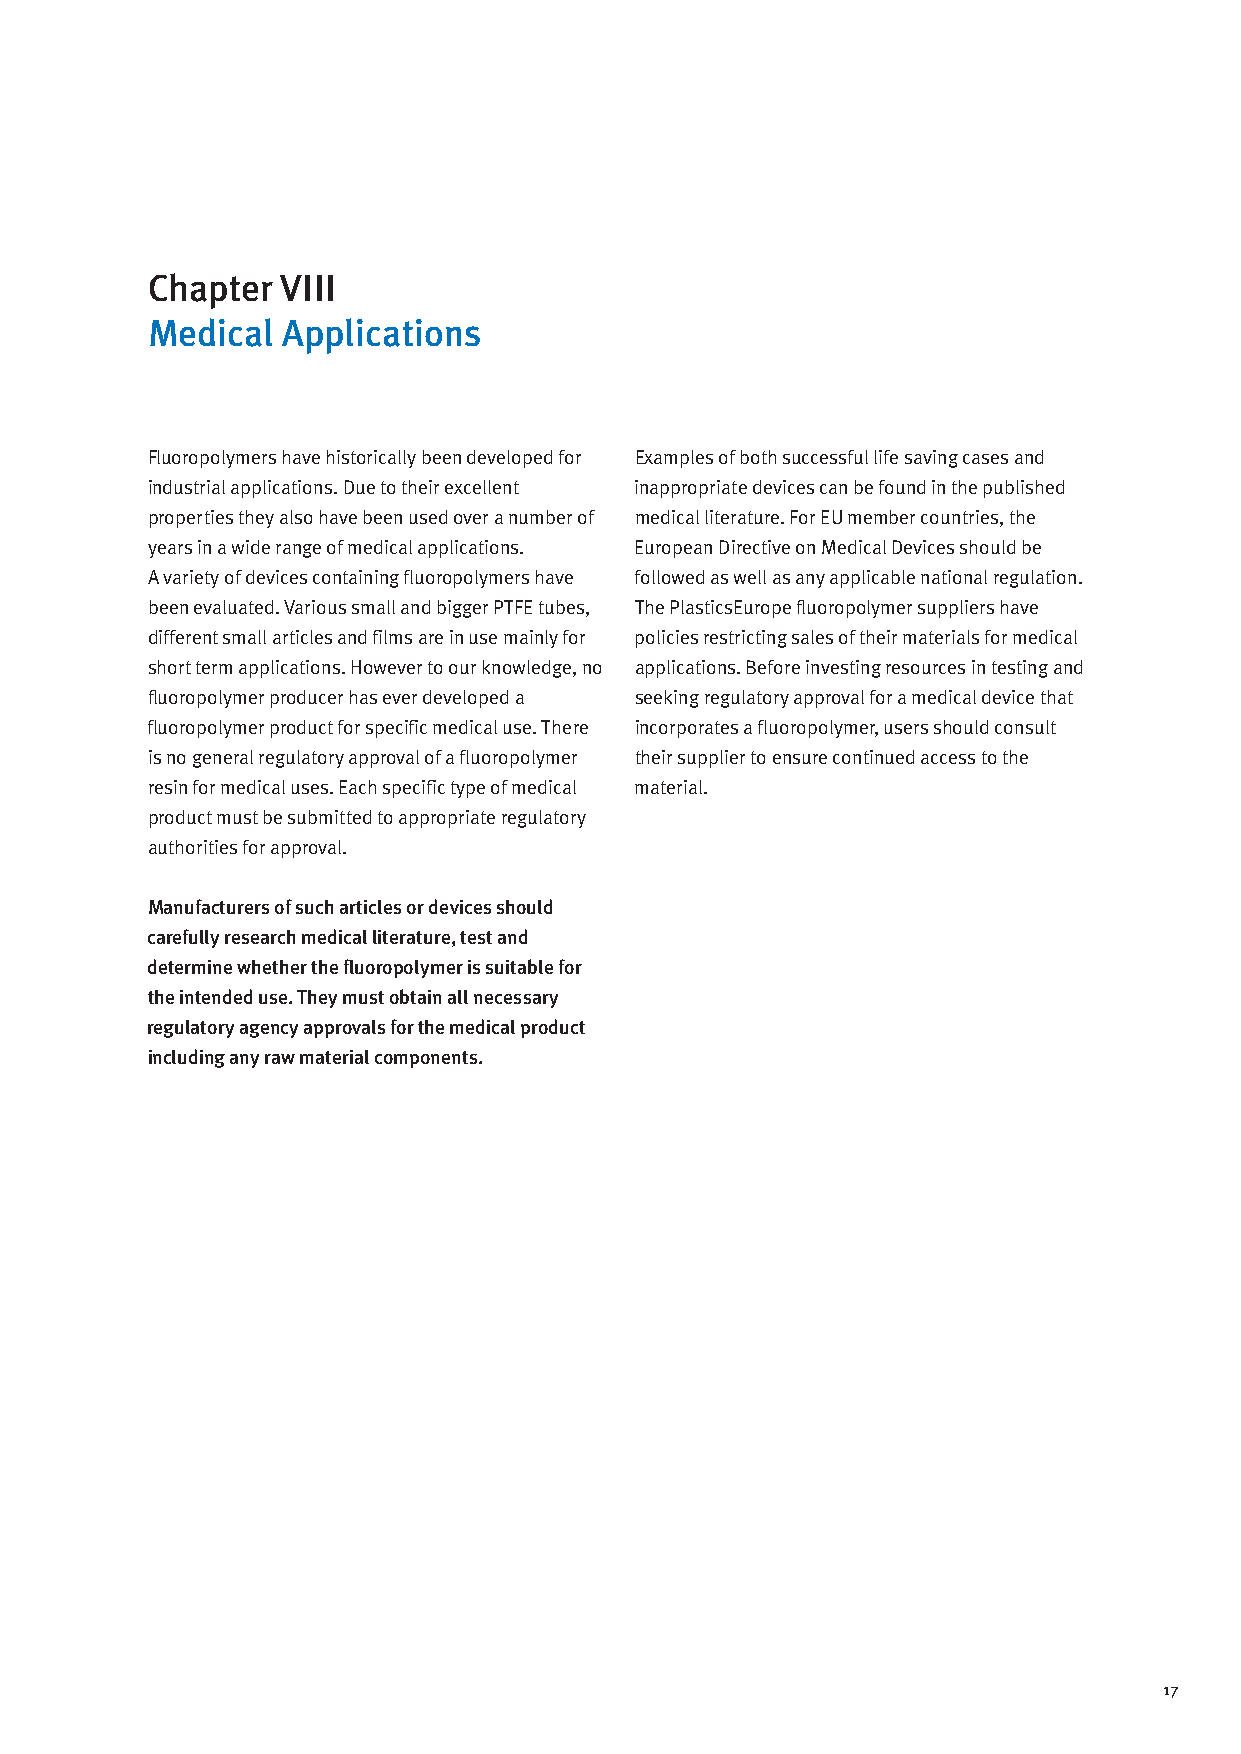
Chapter  VIII
 Medical  Applications
 Fluoropolymers have historically been developed for Examples of both successful life saving cases and
 industrial applications. Due to their excellent inappropriate devices can be found in the published
 properties they also have been used over a number of medical literature. For EU member countries, the
 years in a wide range of medical applications. European Directive on Medical Devices should be
 A variety of devices containing fluoropolymers have followed as well as any applicable national regulation.
 been evaluated. Various small and bigger PTFE tubes, The PlasticsEurope fluoropolymer suppliers have
 different small articles and films are in use mainly for policies restricting sales of their materials for medical
 short term applications. However to our knowledge, no applications. Before investing resources in testing and
 fluoropolymer producer has ever developed a seeking regulatory approval for a medical device that
 fluoropolymer product for specific medical use. There incorporates a fluoropolymer, users should consult
 is no general regulatory approval of a fluoropolymer their supplier to ensure continued access to the
 resin for medical uses. Each specific type of medical material.
 product must be submitted to appropriate regulatory
 authorities for approval.
 Manufacturers of such articles or devices should
 carefully research medical literature, test and
 determine whether the fluoropolymer is suitable for
 the intended use. They must obtain all necessary
 regulatory agency approvals for the medical product
 including any raw material components.
 17